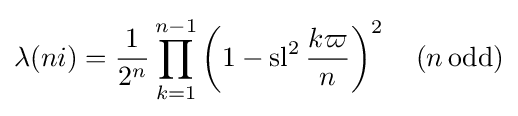
\lambda (ni)={\frac {1}{2^{n}}}\prod _{k=1}^{n-1}\left(1-\operatorname {sl} ^{2}{\frac {k\varpi }{n}}\right)^{2}\quad (n\,{\text{odd}})